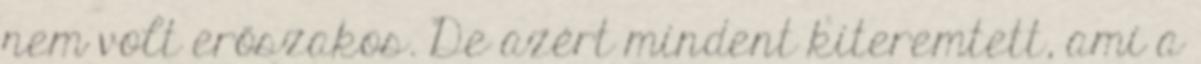
nem volt erőszakos. De azért mindent kiteremtett, ami a